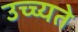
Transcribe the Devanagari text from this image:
उच्च्यते